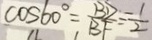
\cos 6 0 ^ { \circ } = \frac { B D } { B F } = \frac { 1 } { 2 }